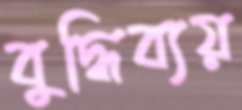
বুদ্ধিব্যয়